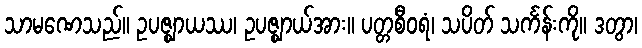
သာမဏေသည်။ ဥပဇ္ဈာယဿ၊ ဥပဇ္ဈာယ်အား။ ပတ္တစီဝရံ၊ သပိတ် သင်္ကန်းကို။ ဒတွာ၊